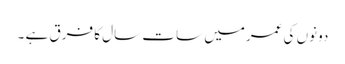
دونوں کی عمرمیں سات سال کا فرق ہے ۔